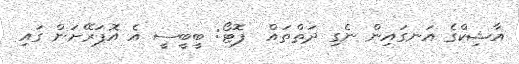
އާޝިކްގެ އަނގައިން ނެގި ދަތްތައް  ފޮޓޯ: ބީބީސީ އެ އޮޕަރޭށަން ގައި